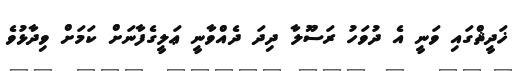
ޚަދީޘްގައި ވަނީ އެ ދުވަހު ރަސޫލާ ދިދަ ދެއްވާނީ ޢަލީގެފާނަށް ކަމަށް ވިދާޅުވެ